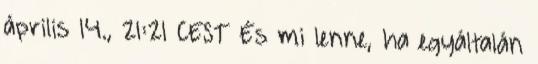
április 14., 21:21 CEST És mi lenne, ha egyáltalán